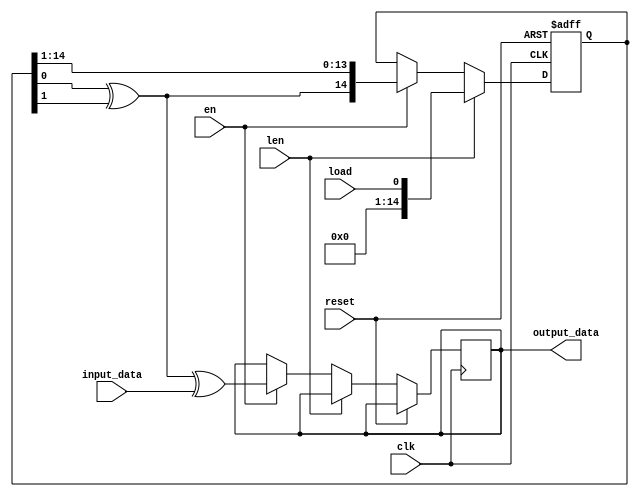
module randomizer(clk,reset,len,load,en,input_data,output_data);
input input_data;
input clk,reset,load,en,len;
output reg output_data;
reg [14:0]data;
reg XorLastTwo;
initial begin data=15'b011011100010101; end
always@(posedge clk , posedge reset)
  begin
    if(reset)
       data <= 15'b0;
    else if(len)
	data<=load;
    else if(en)
       begin
       XorLastTwo = data[0]^data[1];
       data<={XorLastTwo , data[14:1]};
       output_data <= XorLastTwo^input_data;
       end
  end
//assign  XorLastTwo = data[0]^data[1];
//assign output_data = XorLastTwo^input_data;
endmodule